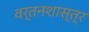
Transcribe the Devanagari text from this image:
वर्तनशास्त्र